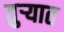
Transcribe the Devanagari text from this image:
तुर्‍यात